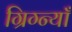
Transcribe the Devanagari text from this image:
ग्रिग्न्याँ